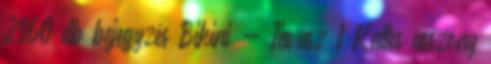
2960 db bejegyzés Bikini - Tavasz 1 Kaltes asszony